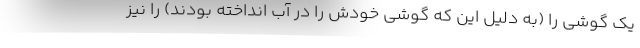
یک گوشی را (به دلیل این که گوشی خودش را در آب انداخته بودند) را نیز